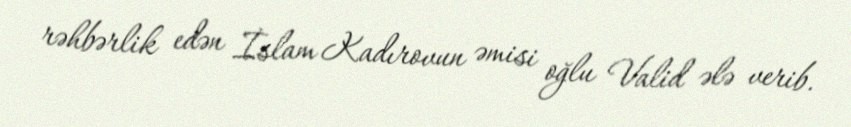
rəhbərlik edən İslam Kadırovun əmisi oğlu Valid ələ verib.